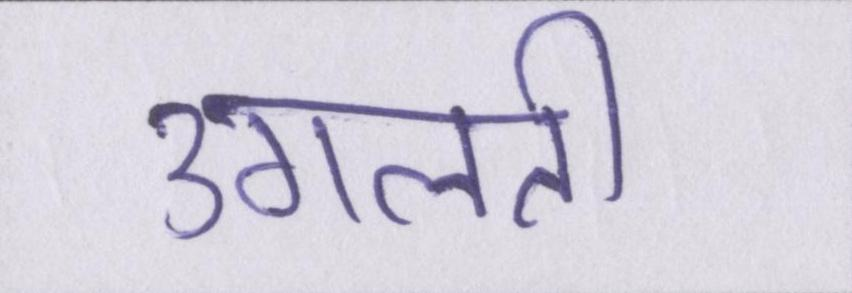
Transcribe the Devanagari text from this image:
उगलती